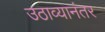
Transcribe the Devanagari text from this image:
उठाव्यानंतर